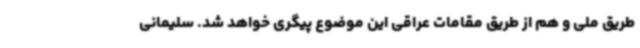
طریق ملی و هم از طریق مقامات عراقی این موضوع پیگری خواهد شد. سلیمانی